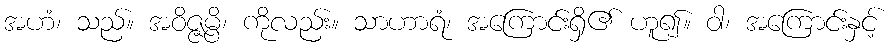
အဟံ၊ သည်။ အဝိဇ္ဇမ္ပိ၊ ကိုလည်း။ သာဟာရံ၊ အကြောင်းရှိ၏ ဟူ၍။ ဝါ၊ အကြောင်းနှင့်